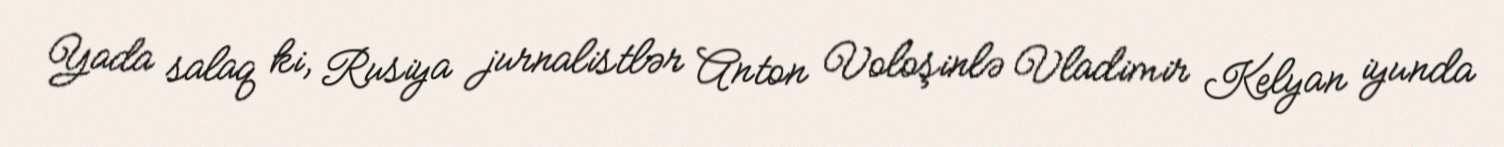
Yada salaq ki, Rusiya jurnalistlər Anton Voloşinlə Vladimir Kelyan iyunda